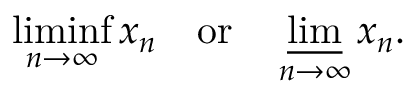
\operatorname* { l i m i n f } _ { n \to \infty } x _ { n } \quad { \mathrm { o r } } \quad \varliminf _ { n \to \infty } x _ { n } .